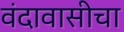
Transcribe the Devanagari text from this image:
वंदावासीचा